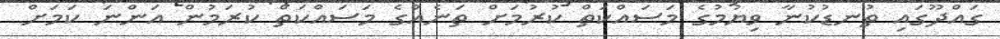
ގައްދޫގައި ތުނޑުކުނާ ވިޔުމުގެ މަސައްކަތް ކުރުމަށް ތަނެއްގެ މަސައްކަތް ކުރަމުން އަންނަ ކަމަށް